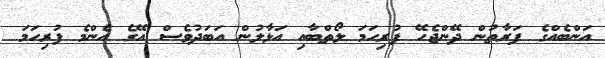
އަންބެއްގެ ފަރާތުން ދޭންޖެހޭ ފުރިހަމަ ލޯތްބާއި އަޅާލުން އަބަދުވެސް އޭގެ އެންމެ ފުރިހަމަ